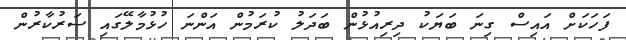
ފަހަކަށް އައިސް ގިނަ ބަޔަކު ދިރިއުޅުން ބަދަލު ކުރަމުން އަންނަ ހުޅުމާލޭގައި ސަރުކާރުން